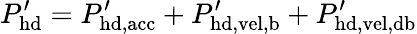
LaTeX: P_{\mathrm{hd}}^{\prime}=P_{\mathrm{hd,acc}}^{\prime}+P_{\mathrm{hd,vel,b}}^{\prime}+P_{\mathrm{hd,vel,db}}^{\prime}